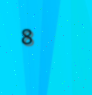
8